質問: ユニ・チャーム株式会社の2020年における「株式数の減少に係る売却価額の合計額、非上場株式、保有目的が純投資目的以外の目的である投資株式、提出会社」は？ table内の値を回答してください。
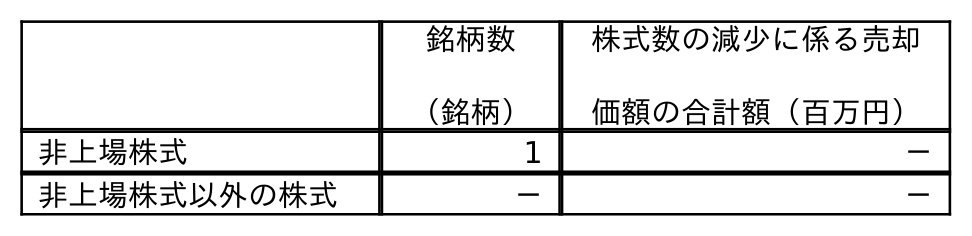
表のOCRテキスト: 銘柄数 （銘柄） 株式数の減少に係る売却 価額の合計額（百万円） 非上場株式 1 － 非上場株式以外の株式 － －
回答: －